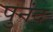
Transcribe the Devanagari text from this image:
पुनंद